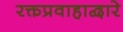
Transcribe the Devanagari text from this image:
रक्तप्रवाहाद्वारे